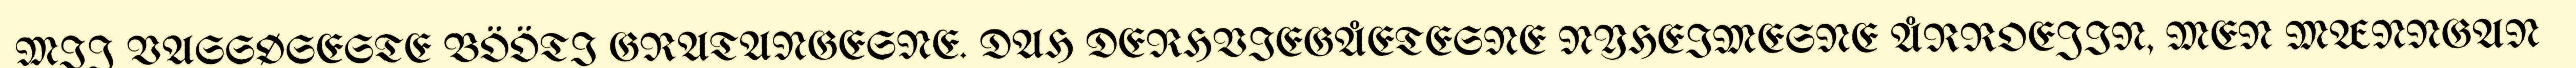
MIJ VASSØSESTE BÖÖTI GRATANGESNE. DAH DERHVIEGÅETESNE NYHEIMESNE ÅRROEJIN, MEN MÆNNGAN